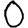
Digit: 0